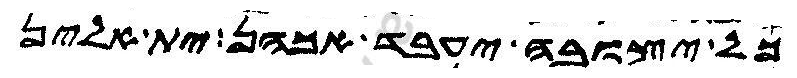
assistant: כל יצובה יעבד אכהן ית אלין